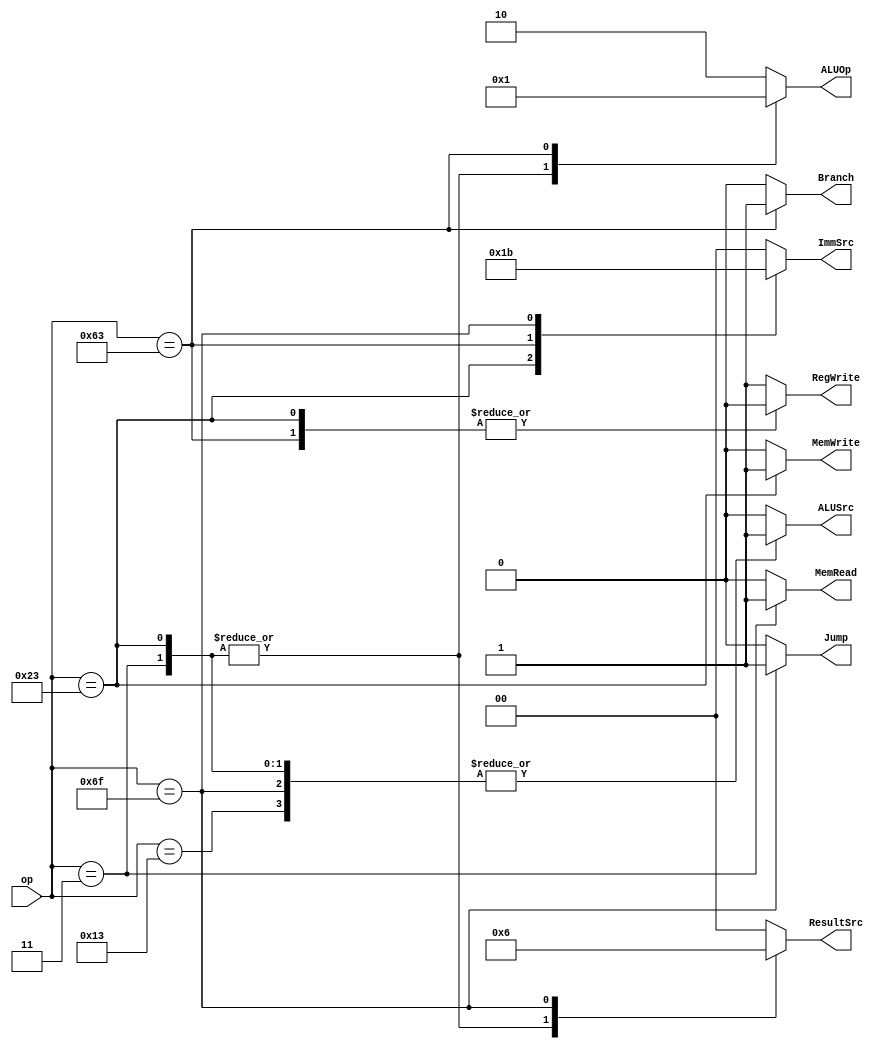
module CU_main_decode (
	input wire						[6:0]					op,
	output reg												Jump,Branch,MemWrite,MemRead,ALUSrc,RegWrite,
	output reg						[1:0]					ImmSrc,ALUOp,ResultSrc
);

always@(*)
	begin
		case(op)
			7'b11: begin
						RegWrite=1'b1 ;
						ImmSrc=2'b0 ;
						ALUSrc=1'b1 ;
						MemWrite=1'b0 ;
						MemRead=1'b1 ;
						ResultSrc=2'b1 ;
						Branch=1'b0 ;
						ALUOp=2'b0 ;
						Jump=1'b0 ;
					 end
			7'b100011: begin
						RegWrite=1'b0 ;
						ImmSrc=2'b1 ;
						ALUSrc=1'b1 ;
						MemWrite=1'b1 ;
						MemRead=1'b0 ;						
						ResultSrc=2'b1 ;
						Branch=1'b0 ;
						ALUOp=2'b0 ;
						Jump=1'b0 ;						
					 end
			7'b110011: begin
						RegWrite=1'b1 ;
						ImmSrc=2'b0 ;
						ALUSrc=1'b0 ;
						MemWrite=1'b0 ;
						MemRead=1'b0 ;								
						ResultSrc=2'b0 ;
						Branch=1'b0 ;
						ALUOp=2'b10 ;
						Jump=1'b0 ;						
					 end
			7'b1100011: begin
						RegWrite=1'b0 ;
						ImmSrc=2'b10 ;
						ALUSrc=1'b0 ;
						MemWrite=1'b0 ;
						MemRead=1'b0 ;								
						ResultSrc=2'b0 ;
						Branch=1'b1 ;
						ALUOp=2'b1 ;
						Jump=1'b0 ;						
					 end
			7'b10011: begin
						RegWrite=1'b1 ;
						ImmSrc=2'b0 ;
						ALUSrc=1'b1 ;
						MemWrite=1'b0 ;
						MemRead=1'b0 ;								
						ResultSrc=2'b0 ;
						Branch=1'b0 ;
						ALUOp=2'b10 ;
						Jump=1'b0 ;						
					 end
			7'b1101111: begin
						RegWrite=1'b1 ;
						ImmSrc=2'b11 ;
						ALUSrc=1'b1 ;
						MemWrite=1'b0 ;
						MemRead=1'b0 ;								
						ResultSrc=2'b10 ;
						Branch=1'b0 ;
						ALUOp=2'b10 ;
						Jump=1'b1 ;						
					 end					 
			default: begin
						RegWrite=1'b1 ;
						ImmSrc=2'b0 ;
						ALUSrc=1'b0 ;
						MemWrite=1'b0 ;
						MemRead=1'b0 ;								
						ResultSrc=2'b0 ;
						Branch=1'b0 ;
						ALUOp=2'b10 ;
						Jump=1'b0 ;						
					 end					 
		endcase
	end

endmodule